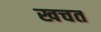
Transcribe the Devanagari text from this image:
खचत